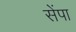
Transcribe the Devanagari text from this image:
सेंपा